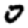
Digit: 0